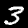
Digit: 3